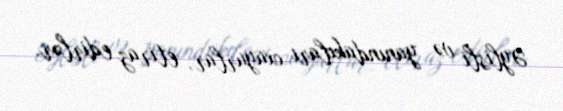
Əylisli və yanındakıları oxuyurlar, etiraz edirlər.